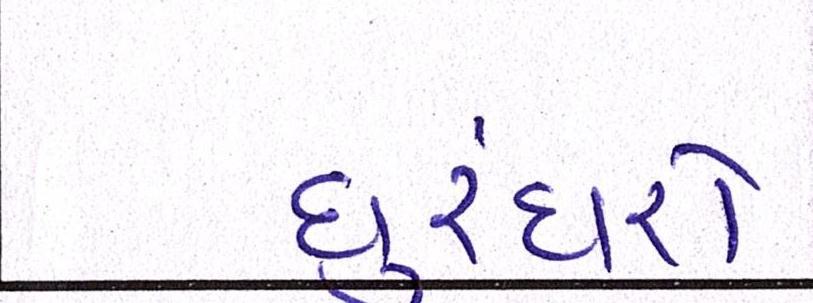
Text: ધુરંધરો